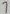
Text: 7